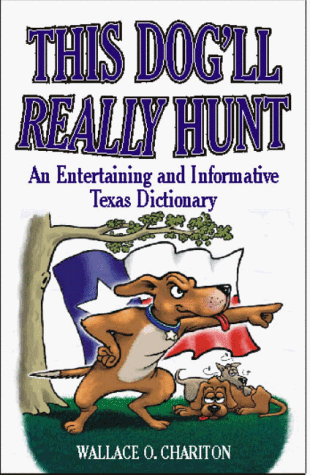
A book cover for This Dog'll Really Hunt: An Entertaining and Informative Texas Dictionary; Wallace Chariton; Humor & Entertainment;